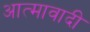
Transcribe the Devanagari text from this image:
आत्मावादी